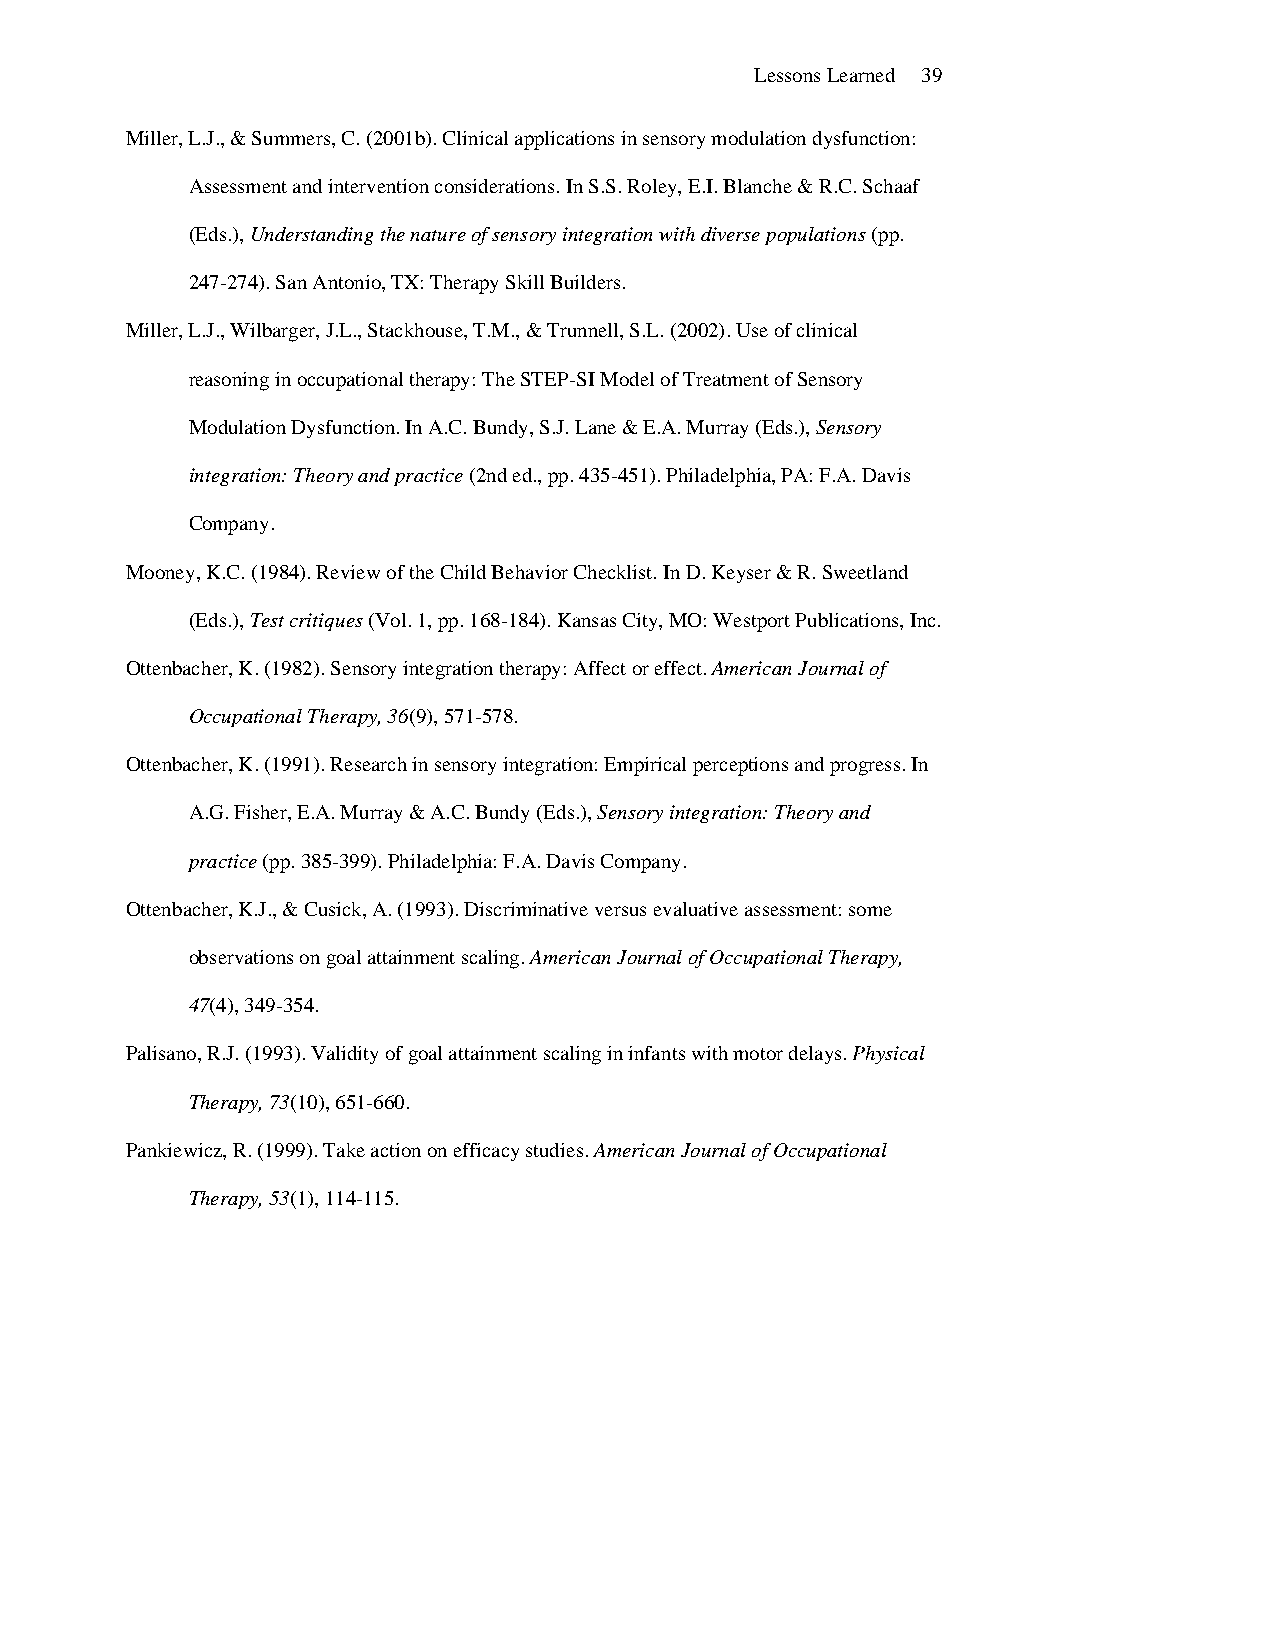
Lessons Learned 39
 Miller, L.J., & Summers, C. (2001b). Clinical applications in sensory modulation dysfunction:
 Assessment and intervention considerations. In S.S. Roley, E.I. Blanche & R.C. Schaaf
 (Eds.), Understanding the nature of sensory integration with diverse populations (pp.
 247-274). San Antonio, TX: Therapy Skill Builders.
 Miller, L.J., Wilbarger, J.L., Stackhouse, T.M., & Trunnell, S.L. (2002). Use of clinical
 reasoning in occupational therapy: The STEP-SI Model of Treatment of Sensory
 Modulation Dysfunction. In A.C. Bundy, S.J. Lane & E.A. Murray (Eds.), Sensory
 integration: Theory and practice (2nd ed., pp. 435-451). Philadelphia, PA: F.A. Davis
 Company.
 Mooney, K.C. (1984). Review of the Child Behavior Checklist. In D. Keyser & R. Sweetland
 (Eds.), Test critiques (Vol. 1, pp. 168-184). Kansas City, MO: Westport Publications, Inc.
 Ottenbacher, K. (1982). Sensory integration therapy: Affect or effect. American Journal of
 Occupational Therapy, 36(9), 571-578.
 Ottenbacher, K. (1991). Research in sensory integration: Empirical perceptions and progress. In
 A.G. Fisher, E.A. Murray & A.C. Bundy (Eds.), Sensory integration: Theory and
 practice (pp. 385-399). Philadelphia: F.A. Davis Company.
 Ottenbacher, K.J., & Cusick, A. (1993). Discriminative versus evaluative assessment: some
 observations on goal attainment scaling. American Journal of Occupational Therapy,
 47(4), 349-354.
 Palisano, R.J. (1993). Validity of goal attainment scaling in infants with motor delays. Physical
 Therapy, 73(10), 651-660.
 Pankiewicz, R. (1999). Take action on efficacy studies. American Journal of Occupational
 Therapy, 53(1), 114-115.